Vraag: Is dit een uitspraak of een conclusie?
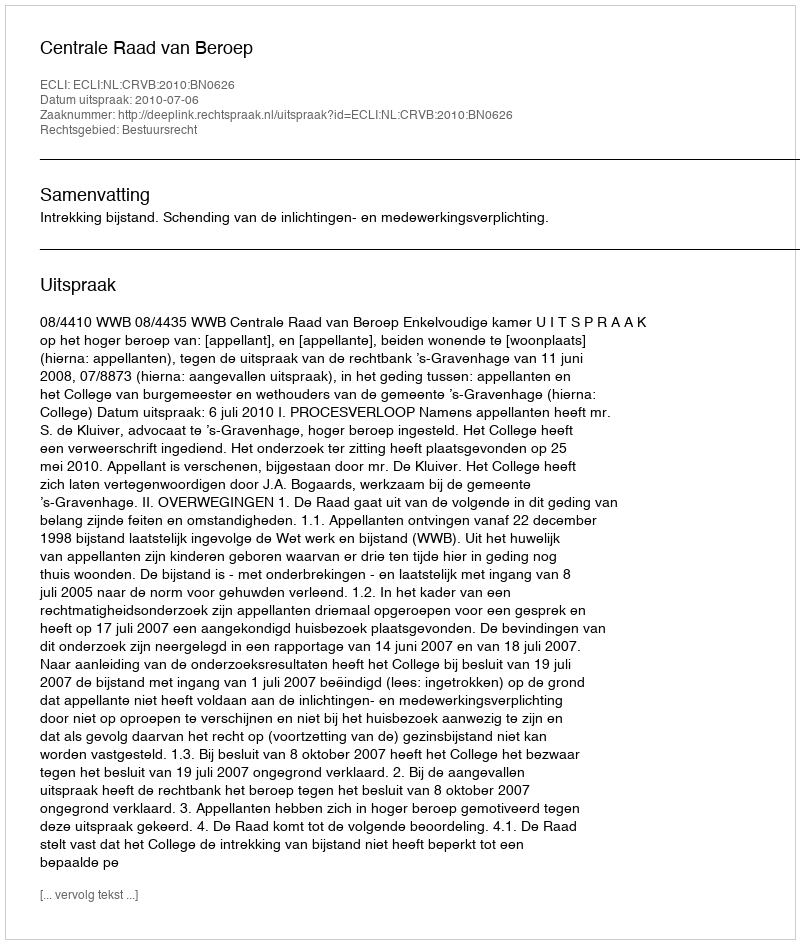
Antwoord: Uitspraak